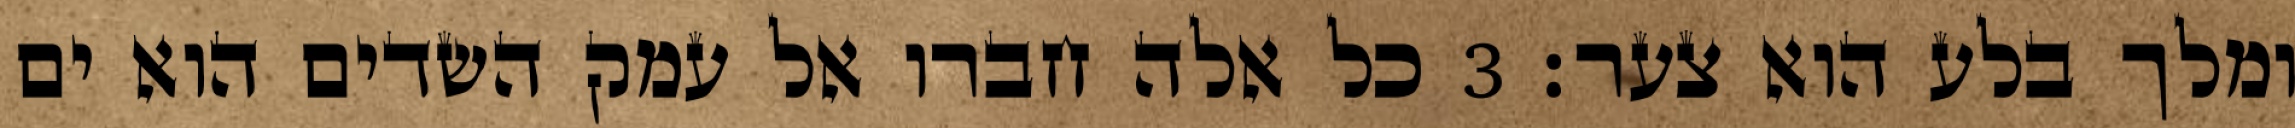
ומלך בלע הוא צער׃ ‎3‏ כל אלה חברו אל עמק השדים הוא ים